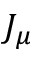
J _ { \mu }